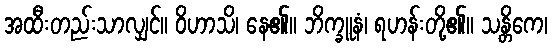
အထီးတည်းသာလျှင်။ ဝိဟာသိ၊ နေ၏။ ဘိက္ခူနံ၊ ရဟန်းတို့၏။ သန္တိကေ၊